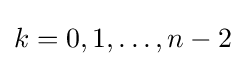
k=0,1,\dotsc ,n-2